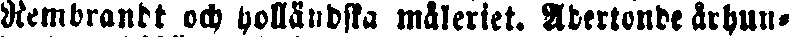
Rembrandt och holländska måleriet. Adertonde århun-